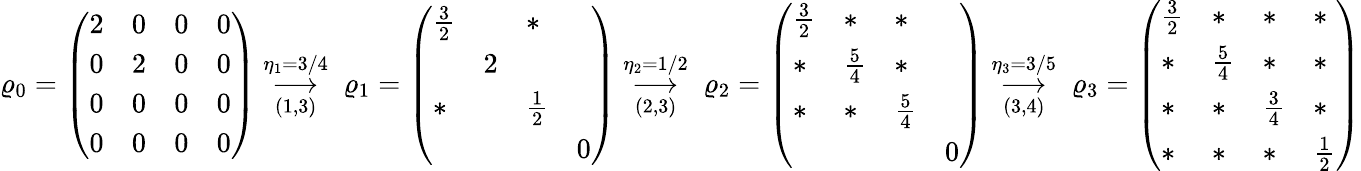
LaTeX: \varrho_{0}=\left(\begin{array}{llll}{2}&{0}&{0}&{0}\\ {0}&{2}&{0}&{0}\\ {0}&{0}&{0}&{0}\\ {0}&{0}&{0}&{0}\end{array}\right)\overset{\eta_{1}=3/4}{\underset{(1,3)}{\longrightarrow}}\; \varrho_{1}=\left(\begin{array}{llll}{\frac{3}{2}}&&{*}&\\ &{2}&&\\ {*}&&{\frac{1}{2}}&\\ &&&{0}\end{array}\right)\overset{\eta_{2}=1/2}{\underset{(2,3)}{\longrightarrow}}\; \varrho_{2}=\left(\begin{array}{llll}{\frac{3}{2}}&{*}&{*}&\\ {*}&{\frac{5}{4}}&{*}&\\ {*}&{*}&{\frac{5}{4}}&\\ &&&{0}\end{array}\right)\overset{\eta_{3}=3/5}{\underset{(3,4)}{\longrightarrow}}\; \varrho_{3}=\left(\begin{array}{llll}{\frac{3}{2}}&{*}&{*}&{*}\\ {*}&{\frac{5}{4}}&{*}&{*}\\ {*}&{*}&{\frac{3}{4}}&{*}\\ {*}&{*}&{*}&{\frac{1}{2}}\end{array}\right)